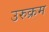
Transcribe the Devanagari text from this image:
उरुक्रम